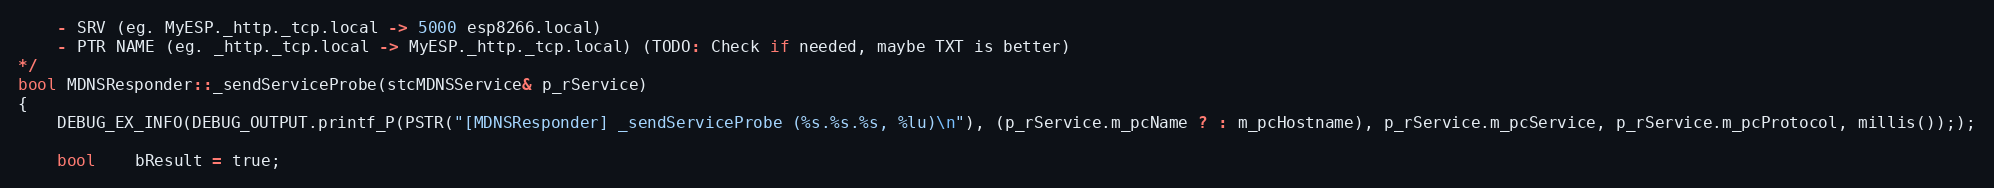
Language: C++
    - SRV (eg. MyESP._http._tcp.local -> 5000 esp8266.local)
    - PTR NAME (eg. _http._tcp.local -> MyESP._http._tcp.local) (TODO: Check if needed, maybe TXT is better)
*/
bool MDNSResponder::_sendServiceProbe(stcMDNSService& p_rService)
{
    DEBUG_EX_INFO(DEBUG_OUTPUT.printf_P(PSTR("[MDNSResponder] _sendServiceProbe (%s.%s.%s, %lu)\n"), (p_rService.m_pcName ? : m_pcHostname), p_rService.m_pcService, p_rService.m_pcProtocol, millis()););

    bool    bResult = true;